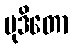
မုဒိတော